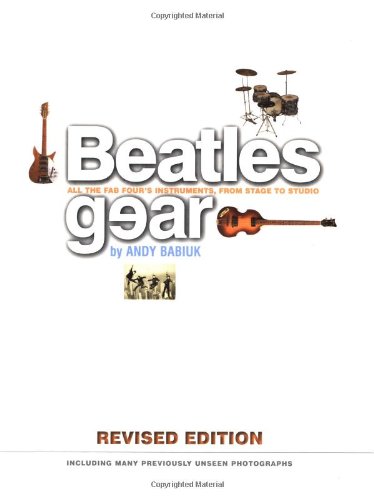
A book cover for Beatles Gear, Revised Edition; Andy Babiuk; Humor & Entertainment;